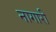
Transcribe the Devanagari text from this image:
नागारी